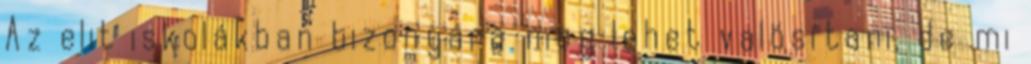
Az elit iskolákban bizonyára meg lehet valósítani, de mi